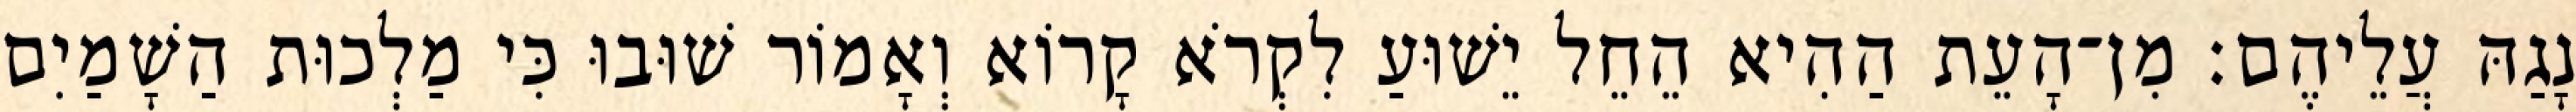
נָגַהּ עֲלֵיהֶם׃ מִן־הָעֵת הַהִיא הֵחֵל יֵשׁוּעַ לִקְרֹא קָרוֹא וְאָמוֹר שׁוּבוּ כִּי מַלְכוּת הַשָׁמַיִם